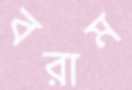
বরাম